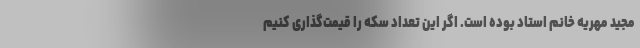
مجید مهریه خانم استاد بوده است. اگر این تعداد سکه را قیمت‌گذاری کنیم